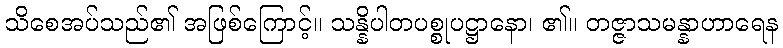
သိစေအပ်သည်၏ အဖြစ်ကြောင့်။ သန္နိပါတပစ္စုပဋ္ဌာနော၊ ၏။ တဇ္ဇာသမန္နာဟာရေန